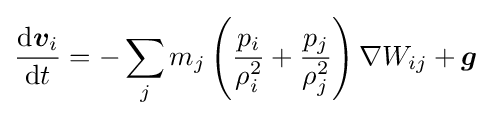
{\frac {\mathrm {d} {\boldsymbol {v}}_{i}}{\mathrm {d} t}}=-\sum _{j}m_{j}\left({\frac {p_{i}}{\rho _{i}^{2}}}+{\frac {p_{j}}{\rho _{j}^{2}}}\right)\nabla W_{ij}+{\boldsymbol {g}}